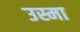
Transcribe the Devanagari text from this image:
उस्मा